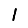
Digit: 1